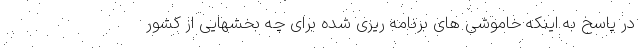
در پاسخ به اینکه خاموشی های برنامه ریزی شده برای چه بخشهایی از کشور